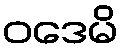
ဝဒေမိ